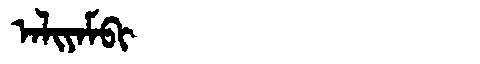
Manchu: ᠠᠯᡳᠶᠠᠮᠪᡳ
Romanization: ALIYAMBI